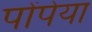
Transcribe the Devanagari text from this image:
पोंपेया